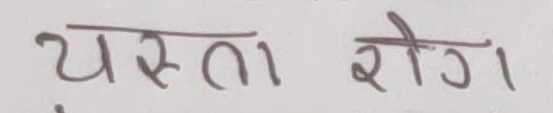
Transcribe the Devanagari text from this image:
यस्ता रोग।